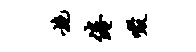
施倦啜